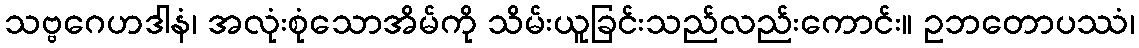
သဗ္ဗဂေဟဒါနံ၊ အလုံးစုံသောအိမ်ကို သိမ်းယူခြင်းသည်လည်းကောင်း။ ဥဘတောပဿံ၊